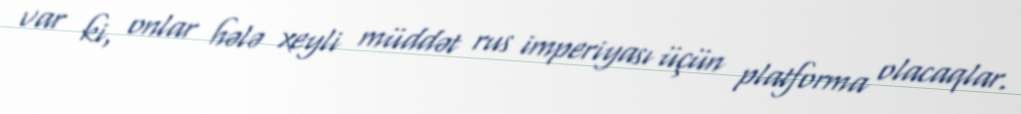
var ki, onlar hələ xeyli müddət rus imperiyası üçün platforma olacaqlar.